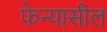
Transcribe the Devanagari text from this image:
फेन्यासील